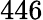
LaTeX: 446